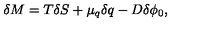
\delta M = T \delta S + \mu _ { q } \delta q - D \delta \phi _ { 0 } ,